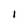
Character: l